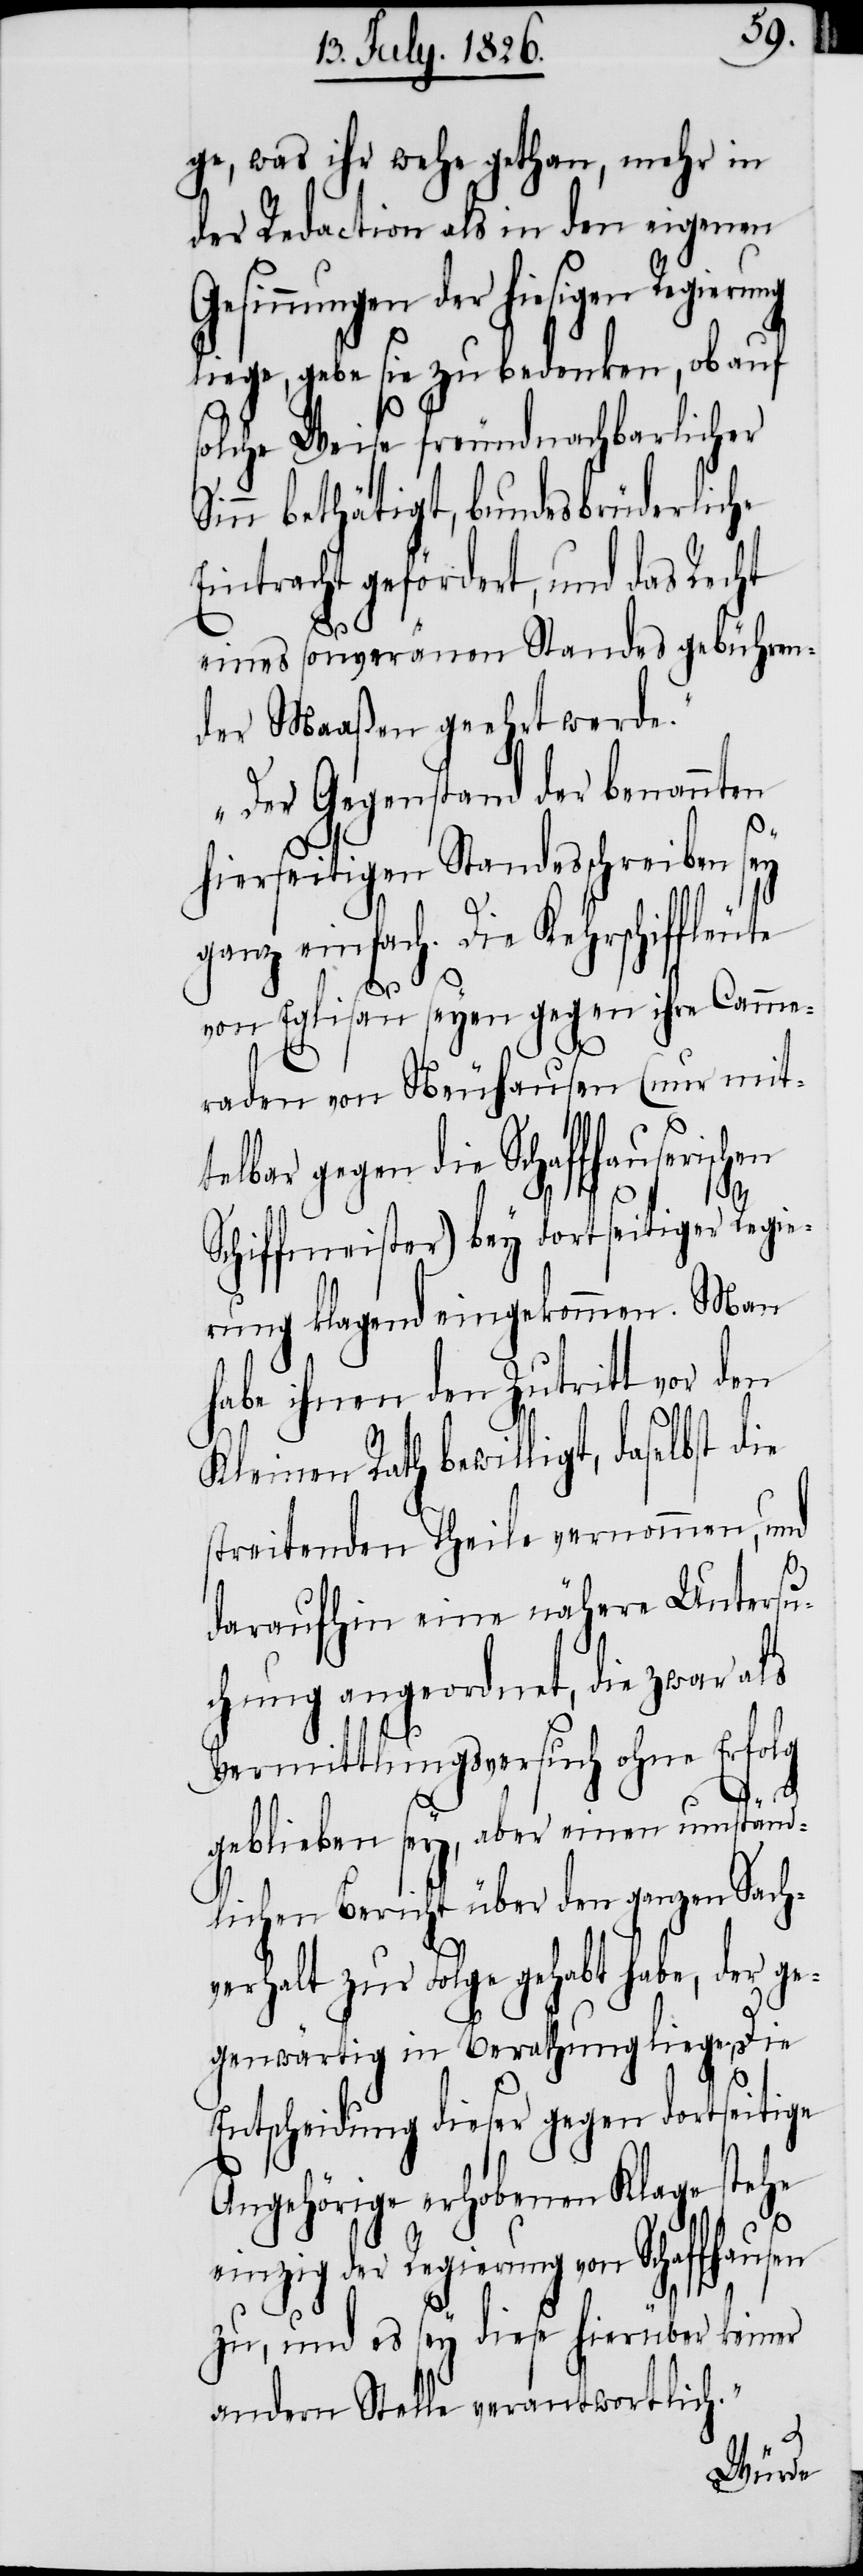
ge, was ihr wehe gethan, mehr in
der Redaction als in den eigenen
Gesinnungen der hiesigen
liege, gebe sie zu bedenken, ob auf
s¬
olche Weise freundnachbarlicher
Sinn bethätigt, bundesbrüderliche
Eintracht gefördert, und das Recht
über
eines souveränen Standes gebühren¬
der Maaßen geehrt werde.
Der Gegenstand der benannten
hierseitigen Standesschreiben
ganz einfach. Die Kehrschiffleute
von Eglisau seyen gegen ihre Camme¬
raden von Neuhausen (nur mit¬
telbar gegen die Schaffhauserisch¬
en
Schiffmeister) bey dortseitiger Regie¬
rung klagend eingekommen. Man
habe ihnen den Zutritt vor den
Kleinen Rath bewilligt, daselbst
streitenden Theile vernommen, und
daraufhin eine nähere Untersu¬
chung angeordnet, die zwar als
Vermittlungsversuch ohne Erfolg
geblieben sey, aber einen umständ¬
lichen Bericht über den ganzen Sach¬
verhalt zur Folge gehabt habe, der ge¬
genwärtig in Berathung liege. Die
Entscheidung dieser gegen dortseitige
Angehörige erhobenen Klage stehe
einzig der Regierung von Schaf¬
keiner
zu, und es sey diese hier¬
andern Stelle verantwortlich.